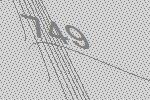
749